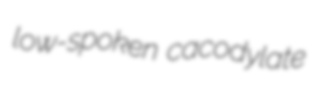
low-spoken cacodylate